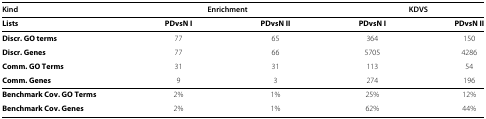
| Kind | <COLSPAN=2> Enrichment | <COLSPAN=2> KDVS |
 | --- | --- | --- | --- | --- |
 | Lists | PDvsN I | PDvsN II | PDvsN I | PDvsN II |
 | Discr. GO terms | 77 | 65 | 364 | 150 |
 | Discr. Genes | 77 | 66 | 5705 | 4286 |
 | Comm. GO Terms | 31 | 31 | 113 | 54 |
 | Comm. Genes | 9 | 3 | 274 | 196 |
 | Benchmark Cov. GO Terms | 2% | 1% | 25% | 12% |
 | Benchmark Cov. Genes | 2% | 1% | 62% | 44% |